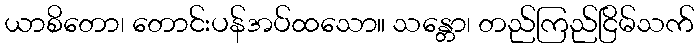
ယာစိတော၊ တောင်းပန်အပ်ထသော။ သန္တော၊ တည်ကြည်ငြိမ်သက်